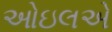
ઓઇલએ